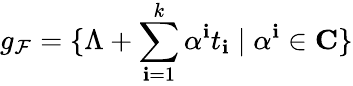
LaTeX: g_{\mathcal{F}}=\{ \Lambda+\sum_{\mathbf{i}=1}^{k}\alpha^{\mathbf{i}}t_{\mathbf{i}}\mid\alpha^{\mathbf{i}}\in{\mathbf{C}}\}